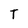
Character: T